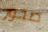
صخور